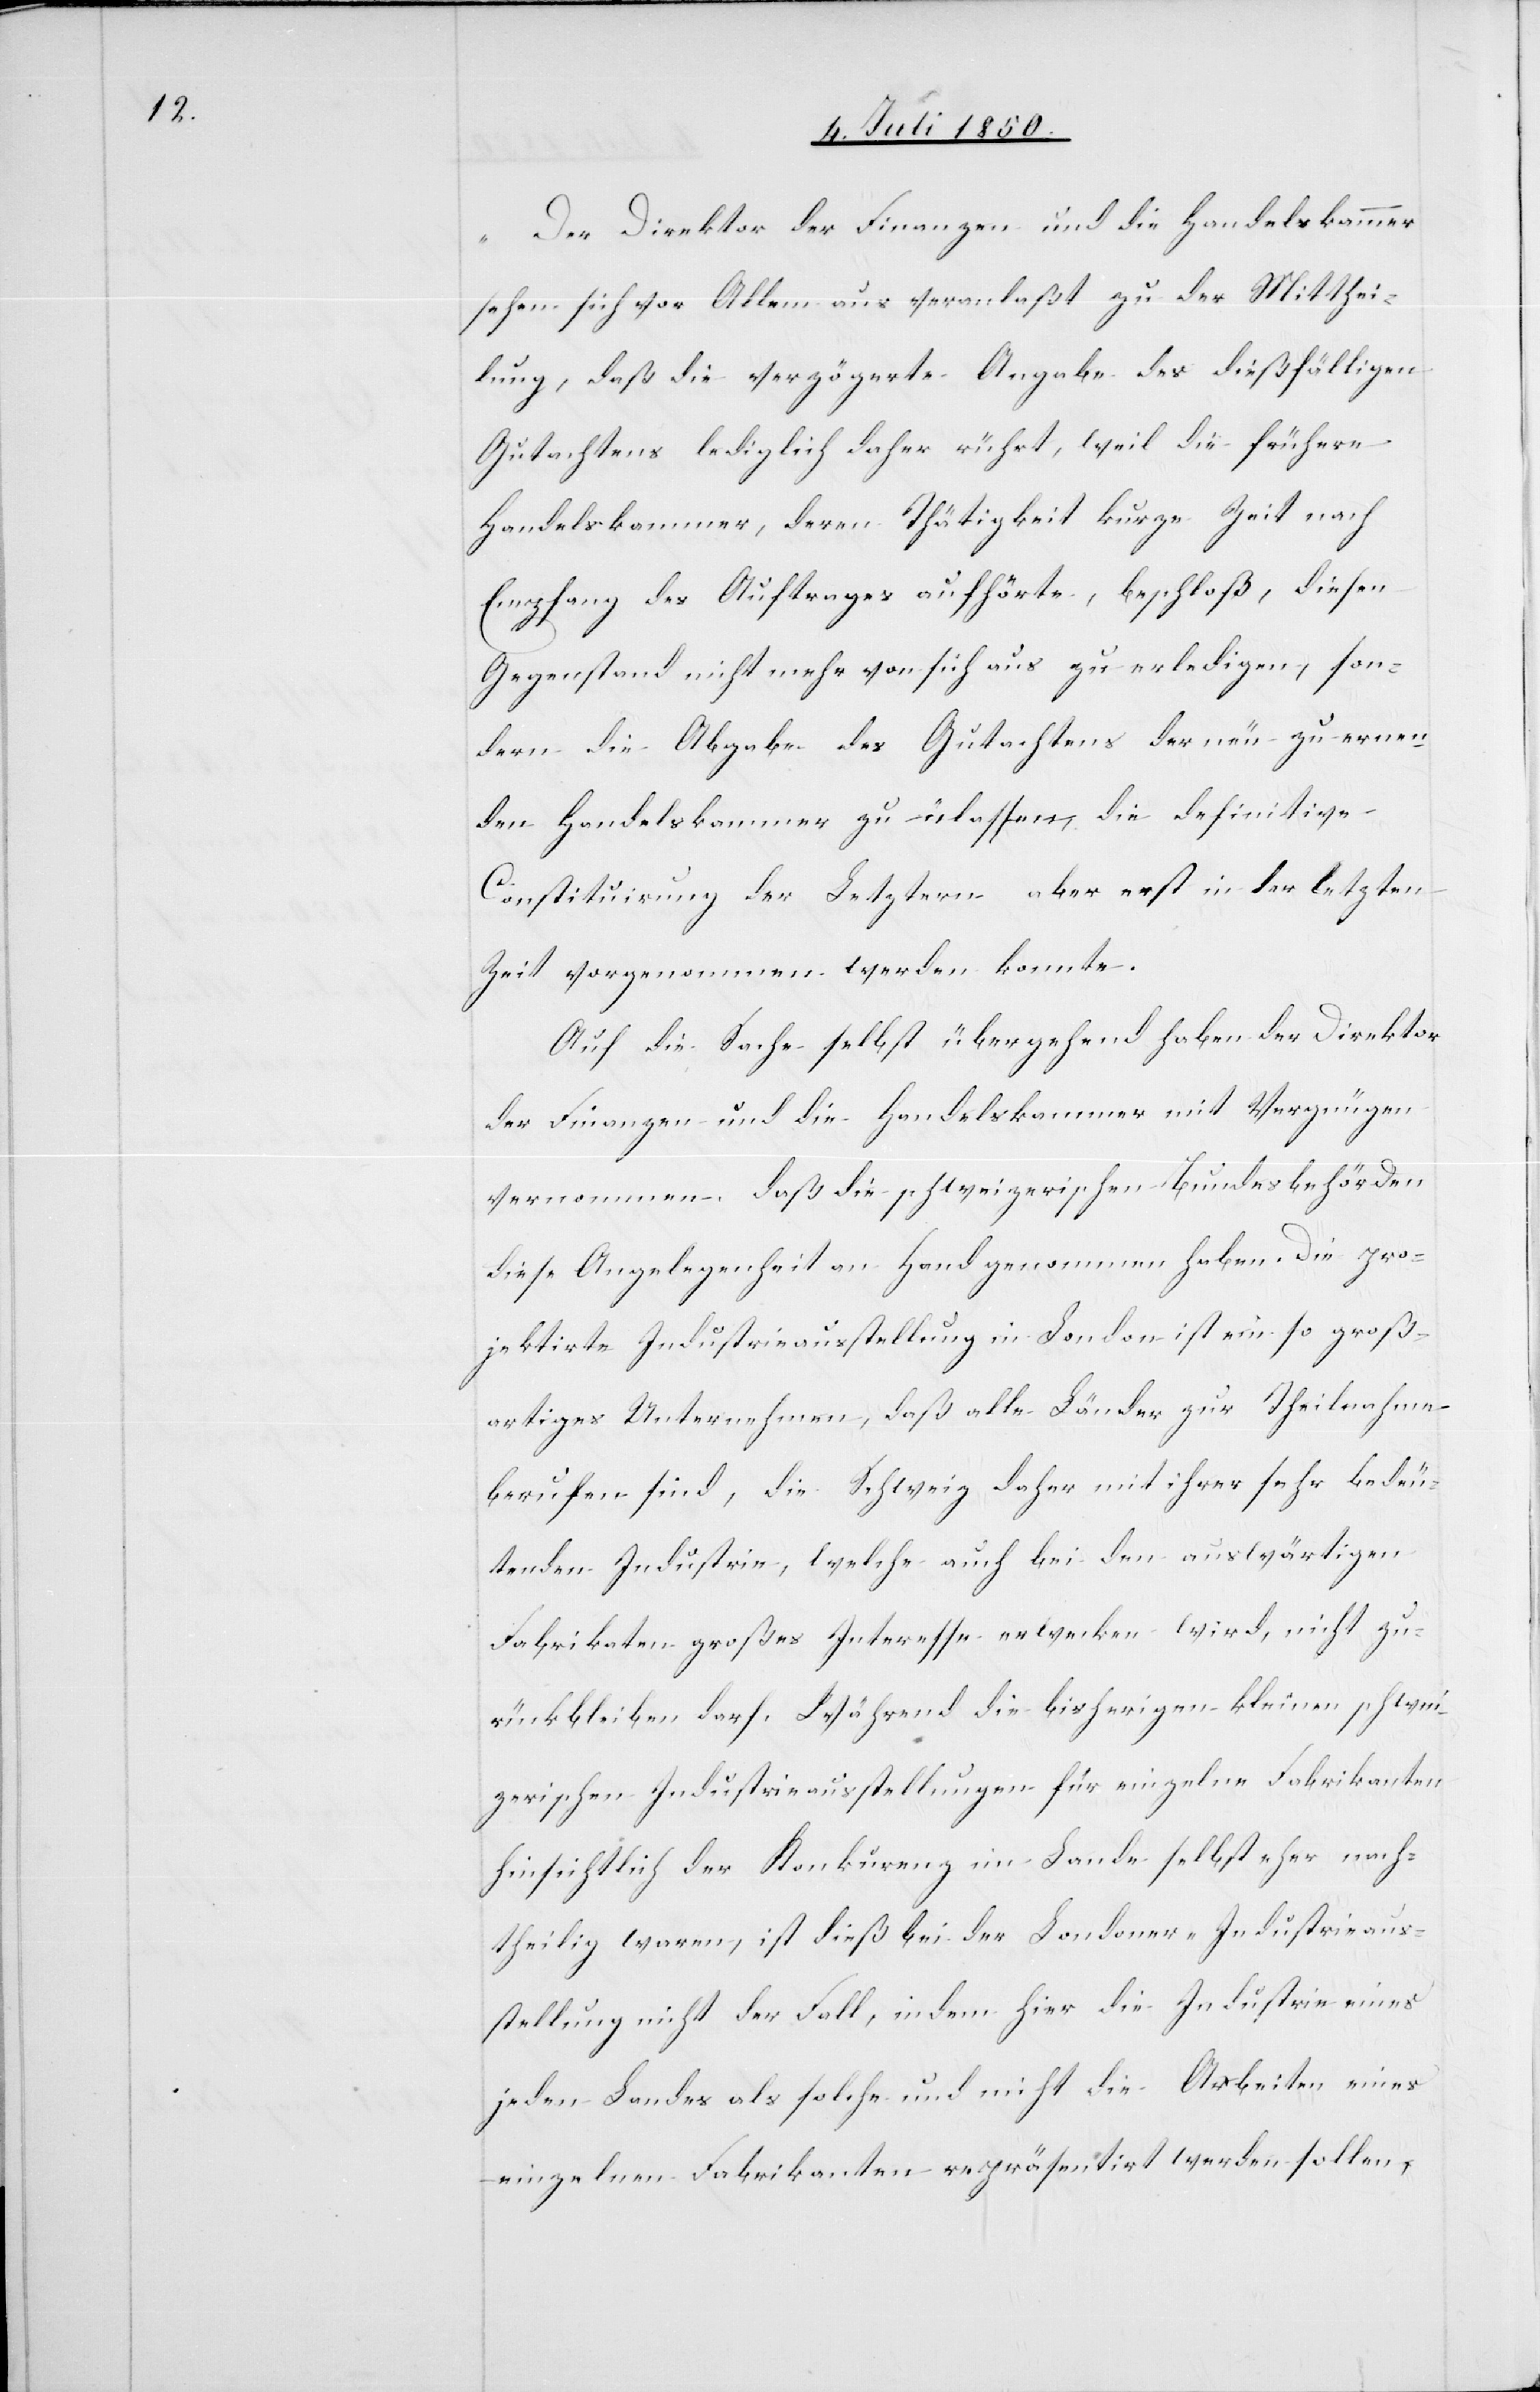
„Der Direktor der Finanzen und die Handelskammer
sehen sich vor Allem aus veranlaßt zu der Mitthei¬
lung, daß die verzögerte Angabe des dießfälligen
Gutachtens lediglich daher rührt, weil die frühere
Handelskammer, deren Thätigkeit kurze Zeit nach
Empfang des Auftrages aufhörte, beschloß, diesen
Gegenstand nicht mehr von sich aus zu erledigen, son¬
dern die Abgabe des Gutachtens der neue zu ernenn¬
enden Handelskammer zu ülassem [recte:
Constituirung der Letztern aber erst in der letzten
Zeit vorgenommen werden konnte.
Auf die Sache selbst übergehend haben der Direktor
der Finanzen und die Handelskammer mit Vergnügen
vernommen, daß die schweizerischen Bundesbehörden
diese Angelegenheit an Hand genommen haben. Die pro¬
jektirte Industrieausstellung in London ist ein so groß¬
artiges Unternehmen, daß alle Länder zur Theilnahme
berufen sind, die Schweiz daher mit ihrer sehr bedeu¬
tenden Industrie, welche auch bei den auswärtigen
Fabrikaten großes Interesse erwecken wird, nicht zu¬
rückbleiben darf. Während die bisherigen kleinen schwei¬
zerischen Industrieausstellungen für einzelne Fabrikanten
hinsichtlich der Konkurenz im Lande selbst eher nach¬
theilig waren, ist dieß bei der Londoner-Industrieaus¬
stellung nicht der Fall, indem hier die Industrie eines
jeden Landes als solche und nicht die Arbeiten eines
einzelnen Fabrikanten repräsentirt werden sollen,